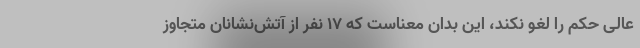
عالی حکم را لغو نکند، این بدان معناست که ۱۷ نفر از آتش‌نشانان متجاوز